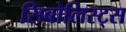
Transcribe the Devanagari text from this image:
सिबोलिस्ट्स